Scientific memoirs by medical officers of the Army of India - Part IV,
Year: 1889
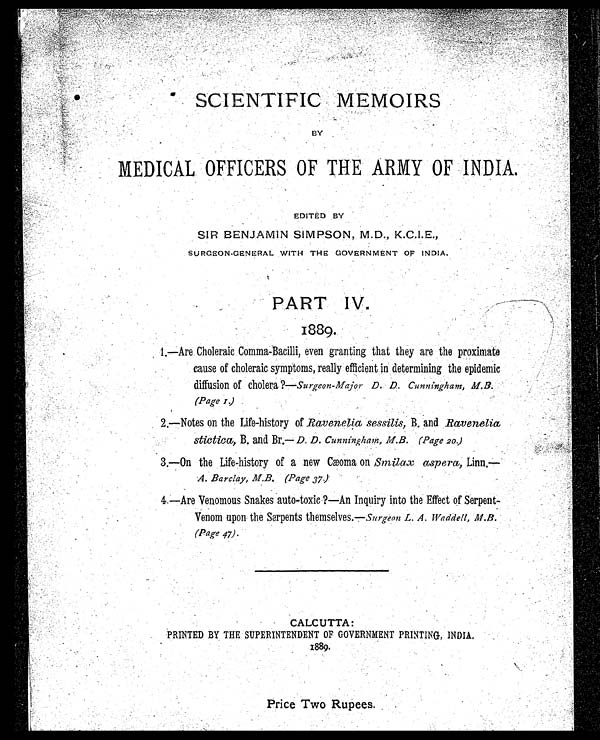
SCIENTIFIC MEMOIRS
BY
MEDICAL OFFICERS OF THE ARMY OF INDIA.
EDITED BY
SIR BENJAMIN SIMPSON, M.D., K.C.I.E.,
SURGEON-GENERAL WITH THE GOVERNMENT OF INDIA.
PART IV.
1889.
1—Are Choleraic Comma-Bacilli, even granting that they are the proximate
.
cause of choleraic symptoms, really efficient in determining the epidemic
diffusion of cholera ?—Surgeon-Major D. D. Cunningham, M.B.
(Page I)
2.—Notes on the Life-history of Ravenelia sessilis, B. and Raveneli
a
stictica, B. and Br.— D. D. Cunningham, M.B. (Page 20)
3.—On the Life-history of a new Cæoma on Smilax aspera, Linn.—
A. Barclay, M.B. (Page 37)
4.—Are Venomous Snakes auto-toxie?—An Inquiry into the Effect of Serpent
-Venom upon the Serpents themselves.—surgeon L. A. Waddell, M.B.
(page 47).
CALCUTTA
:
PRINTED BY THE SUPERINTENDENT OF GOVERNMENT PRINTING, INDIA
,
1889.
Price Two Rupees.